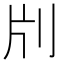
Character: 𠛁